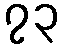
၇၃